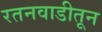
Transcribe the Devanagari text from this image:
रतनवाडीतून